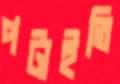
পটাইতি